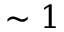
\sim 1